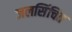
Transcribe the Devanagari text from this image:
जलसिंचित